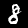
Label: 8